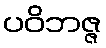
ပဝိဘဇ္ဇ